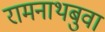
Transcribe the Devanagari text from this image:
रामनाथबुवा